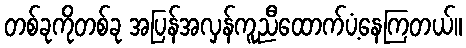
တစ်ခုကိုတစ်ခု အပြန်အလှန်ကူညီထောက်ပံ့နေကြတယ်။